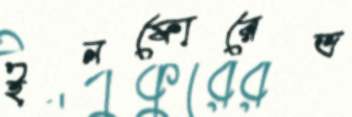
ইনফোরেভ